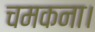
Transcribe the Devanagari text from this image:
चमकना।